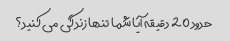
حدود 20 دقیقه آیا شما تنها زندگی می کنید؟